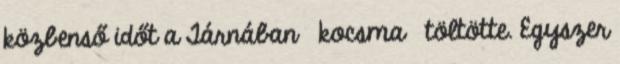
közbenső időt a Tárnában kocsma töltötte. Egyszer